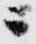
ニ